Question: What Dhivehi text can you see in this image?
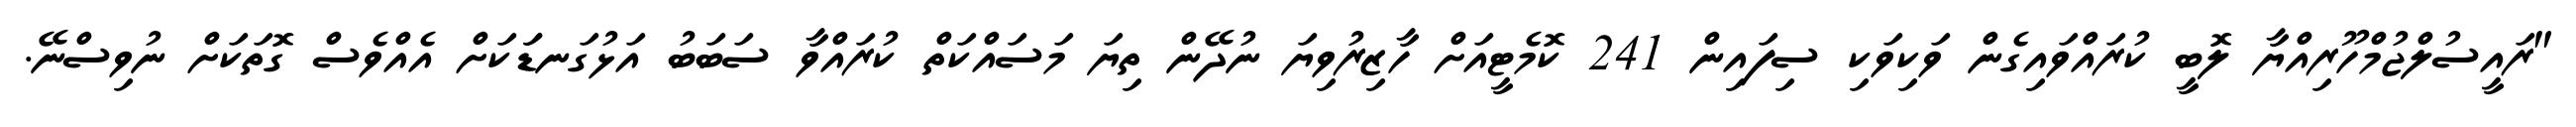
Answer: "ރައީސުލްޖުމްހޫރިއްޔާ ލޮބީ ކުރައްވައިގެން ވަކިވަކި ސިފައިން 241 ކޮމެޓީއަށް ހާޒިރުވިޔަ ނުދޭން ތިޔަ މަސައްކަތް ކުރައްވާ ސަބަބު އަޅުގަނޑަަކަށް އެއްވެސް ގޮތަކަށް ނުވިސްނޭ.